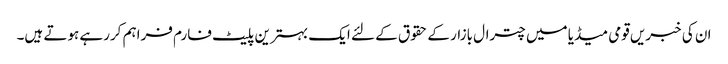
ان کی خبریں قومی میڈیا میں چترال بازار کے حقوق کے لئے ایک بہترین پلیٹ فارم فراہم کررہے ہوتے ہیں۔